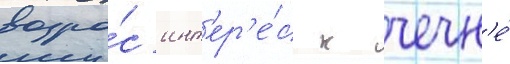
возро́с инт'ер'е́с к чечн'е́